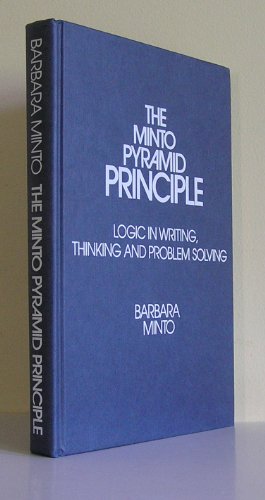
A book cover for The Minto Pyramid Principle: Logic in Writing, Thinking, & Problem Solving; Barbara Minto; Business & Money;